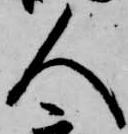
人